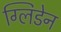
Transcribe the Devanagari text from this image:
ग्लिडेन